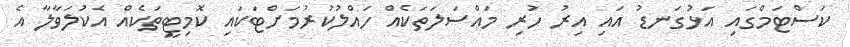
ކަސްޓަމްގައި އަޅުގަނޑު އައި އިރު ހުރި މައްސަލަތަކެއް ހައްލުކުރުމަށްޓަކައި ކޮމިޓީތަކެއް އެކުލަވާލާ އެ